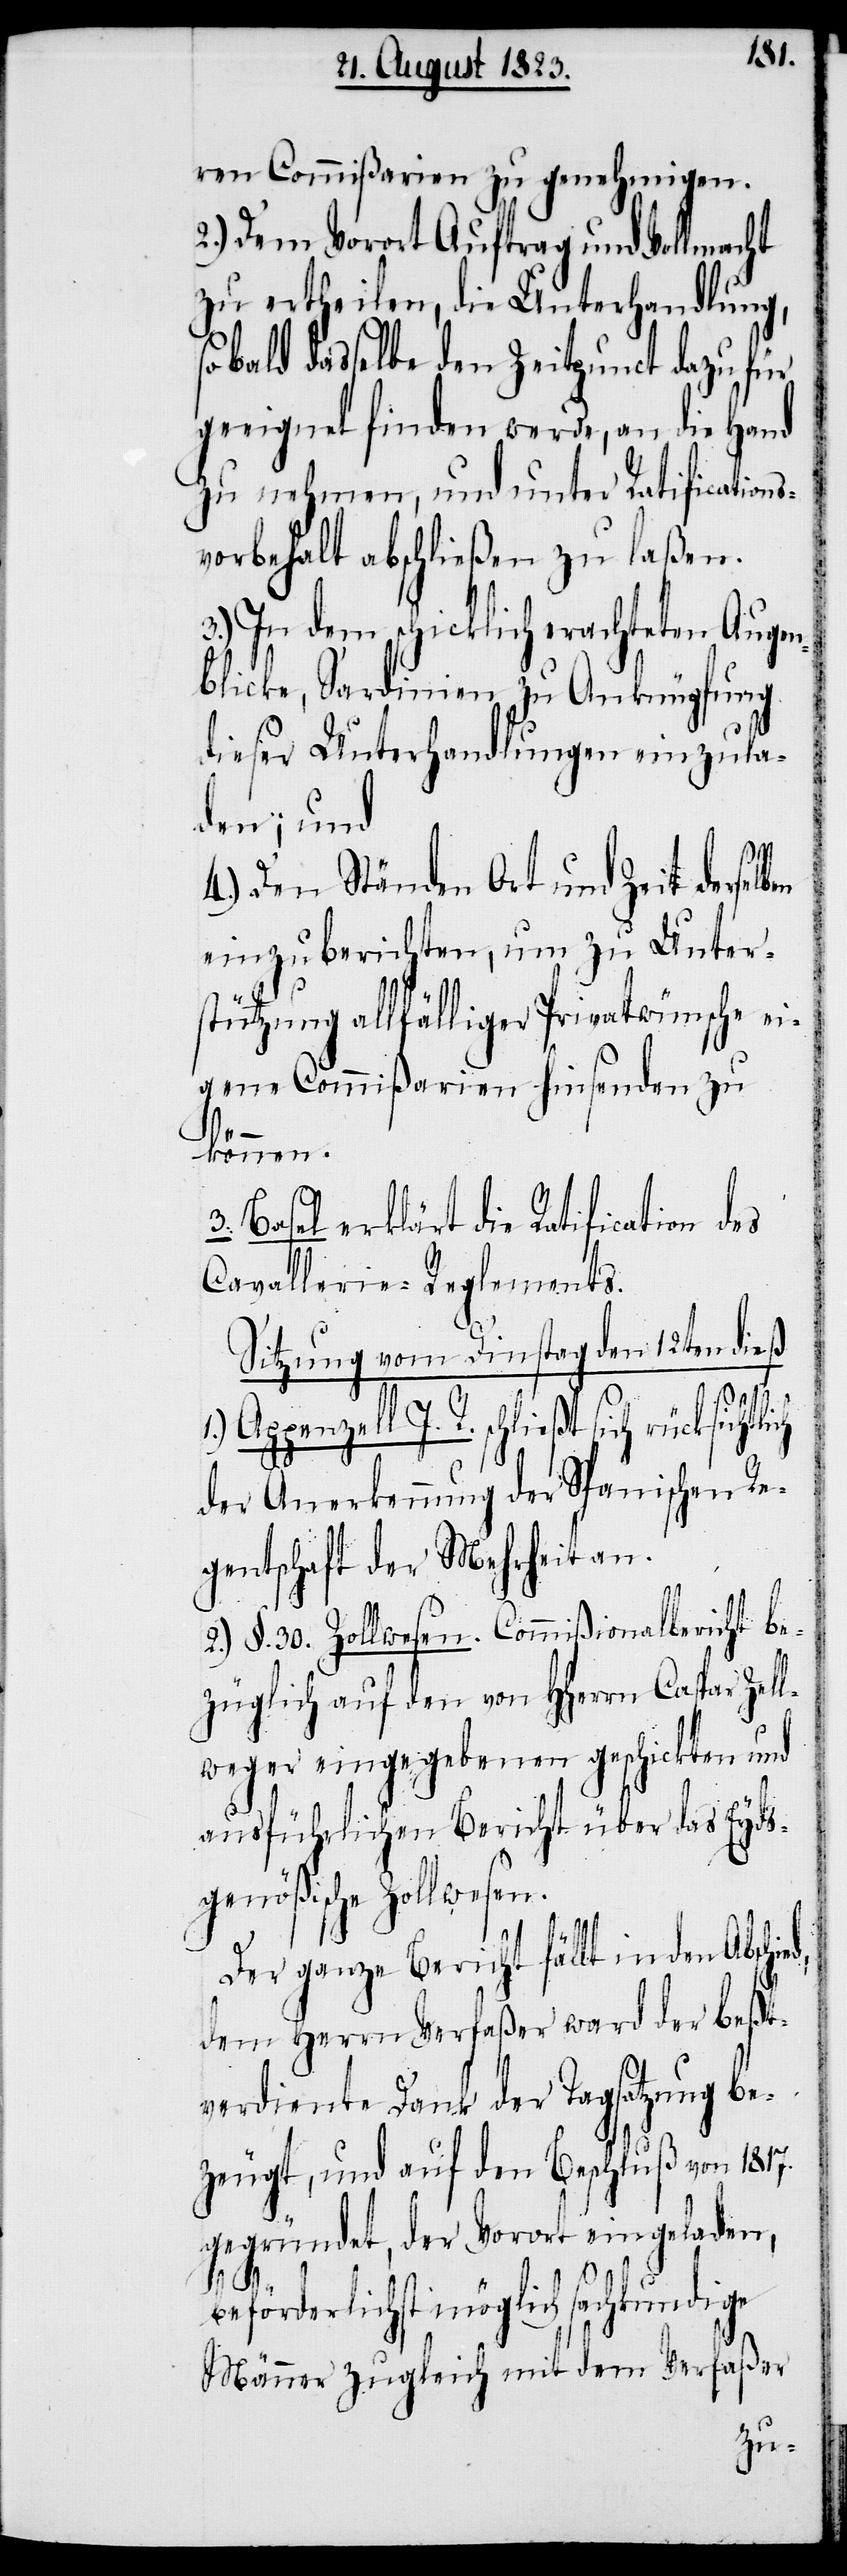
ren Commißarien zu genehmigen.
2.) Dem Vorort Auftrag und Vollmacht
zu ertheilen, die Unterhandlung,
sobald dasselbe den Zeitpunct dazu für
geeignet finden werde, an die Hand
zu nehmen, und unter Ratifications¬
vorbehalt abschließen zu laßen.
3.) In dem schicklich erachteten Augen¬
blicke, Sardinien zu Anknüpfung
dieser Unterhandlungen einzula¬
den; und
4.) Den Ständen Ort und Zeit derselben
einzuberichten, um zu Unter¬
stützung allfälliger Privatwünsche ei¬
gene Commißarien hinsenden zu
können.
3. Basel erklärt die Ratification des
Cavallerie-Reglements.
Sitzung vom Dinstag den 12ten dieß
Appenzell I. R. schließt sich rücksicht¬
der Anerkennung der Spanischen Re¬
gentschaft der Mehrheit an.
2.) §. 30. Zollwesen. Commißionalbericht be¬
züglich auf den von HHerrn Caspar Zell¬
weger eingegebenen geschickten und
ausführlichen Bericht über das Eyds¬
genößische Zollwesen.
Der ganze Bericht fällt in den Abschi¬
dem Herrn Verfaßer ward der beßt¬
verdiente Dank der Tagsatzung be¬
zeugt, und auf den Beschluß von 1817.
gegründet, der Vorort eingeladen,
ed,
beförderlichst möglich sachkundige
Männer zugleich mit dem Verfaßer